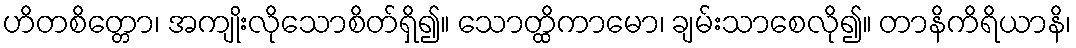
ဟိတစိတ္တော၊ အကျိုးလိုသောစိတ်ရှိ၍။ သောတ္ထိကာမော၊ ချမ်းသာစေလို၍။ တာနိကိရိယာနိ၊